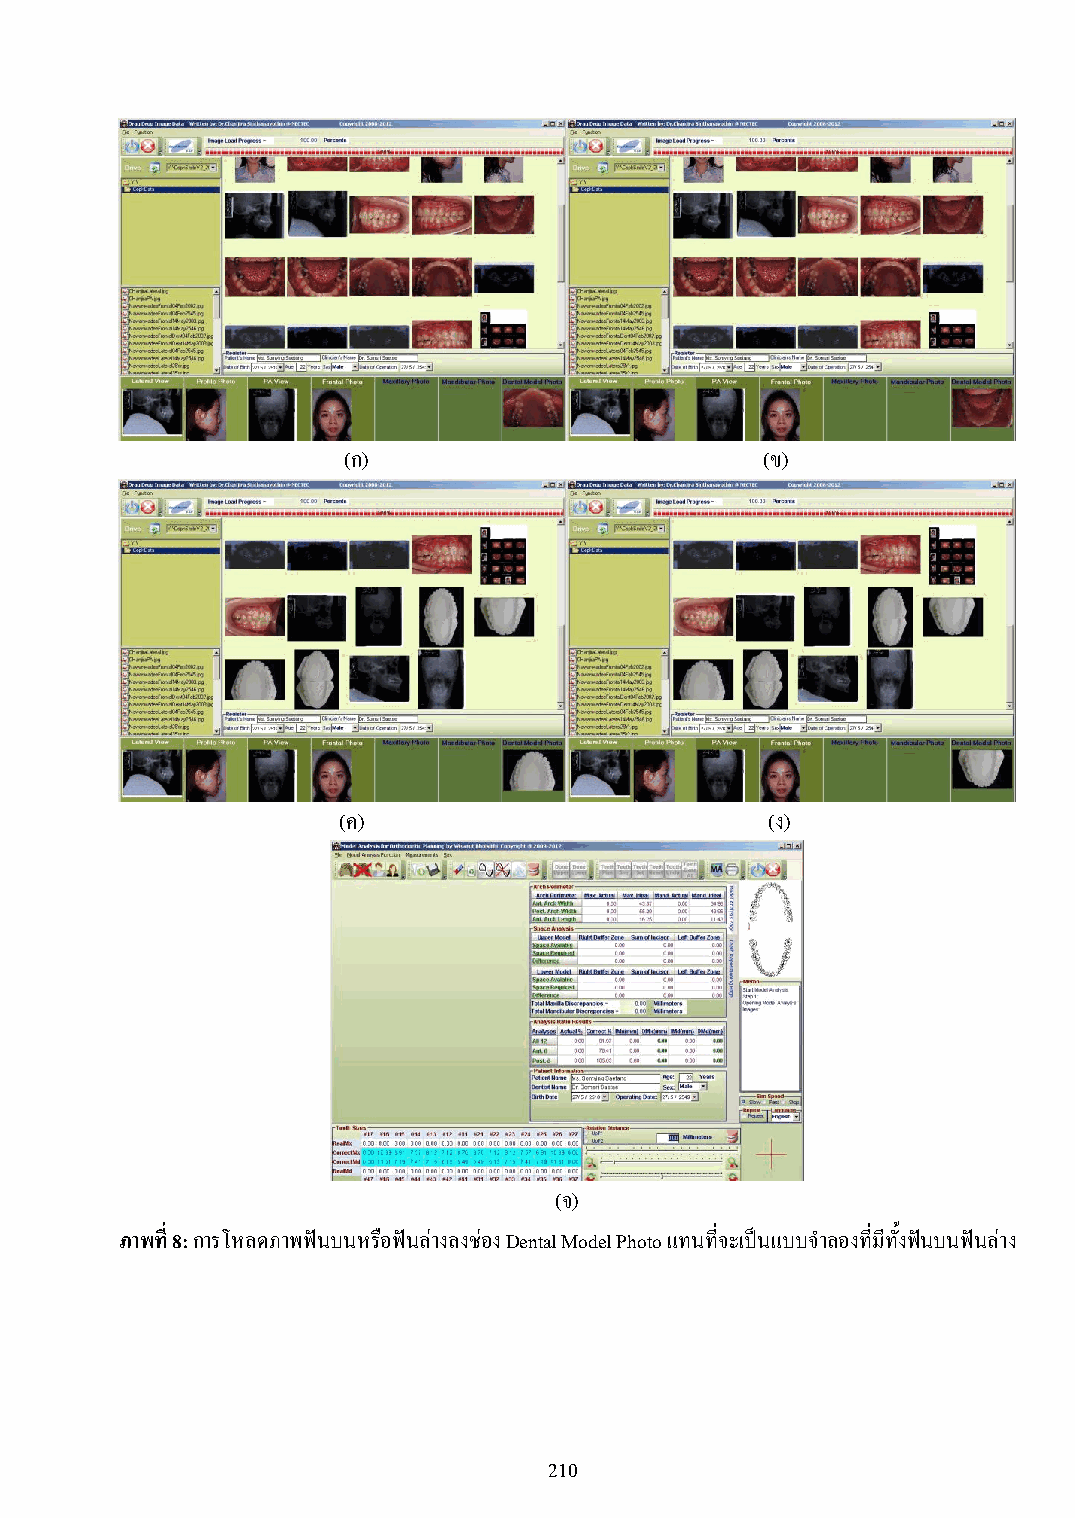
(ก)                         (ข)
 (ค)                          (ง)
 (จ)
 ภาพที่ 8: การโหลดภาพฟันบนหรือฟันล่างลงช่อง Dental Model Photo แทนที่จะเป็นแบบจ าลองที่มีทั้งฟันบนฟันล่าง
 210